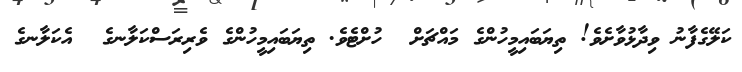
ކަލޭގެފާނު ވިދާޅުވާށެވެ! ތިޔަބައިމީހުންގެ މައްޗަށް  ހުށްޓެވެ. ތިޔަބައިމީހުންގެ ވެރިރަސްކަލާނގެ  އެކަލާނގެ